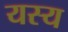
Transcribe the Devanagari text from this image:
यस्‍य